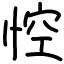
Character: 悾